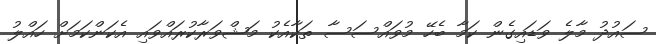
ސައުދު މާލެ ވަޑައިގެން ކަމާ ބެހޭ މުވައްސަސާ ތަކާއެކު މަޝްވަރާކުރައްވައި އެކަންކަމަށް ހައްލު